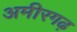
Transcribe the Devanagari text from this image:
अमीरगढ़